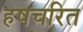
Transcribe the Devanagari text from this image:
हषचरित